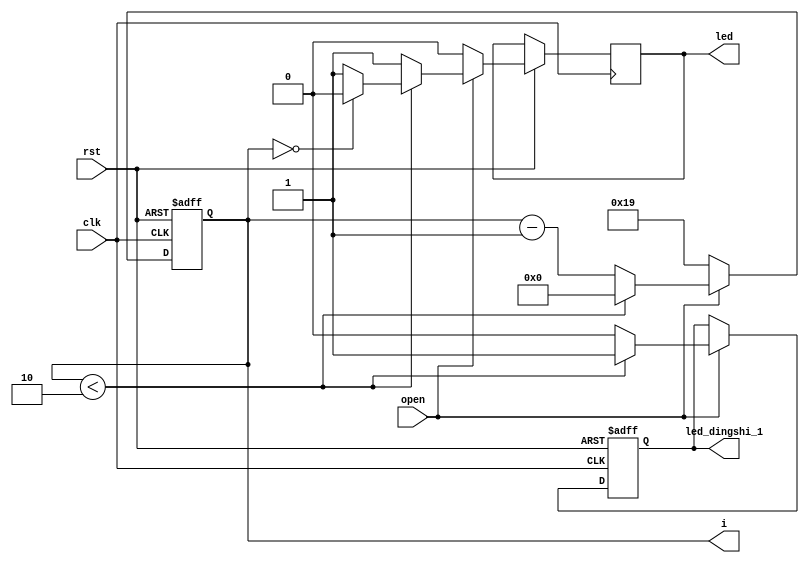
module dingshi_25(clk,led_dingshi_1,open,i,rst,led);


input clk,rst;
input open;
output  reg led_dingshi_1=0;
output  reg led;
output  reg [0:5]i=5'b11001;

parameter a=5'b 11001;
//assign led =led_dingshi_1;

always@(posedge clk or negedge rst)
begin
if(!rst)
	begin
		led_dingshi_1<=0;
		i <= a;
	end
else if(open)	
	begin
		led <= 1;
		
		if(i<2'b10)
			begin
				led_dingshi_1<=1;
				i<=0;
				//led <=0;
				if(!i)
					led<=0;
			end
		else
			begin
				led_dingshi_1<=0;
				i<=i-1;
			end
	end
else
	begin
		i <= 5'b11001;
		led <= 0;
	end	
end

endmodule